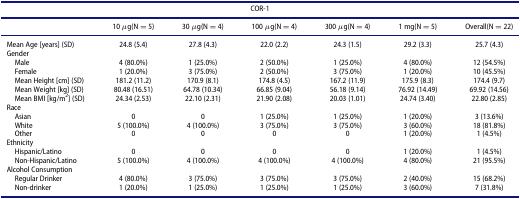
<table><thead><tr><td colspan="7"><b>COR-1</b></td></tr><tr><td><b> </b></td><td><b>10 μg(N = 5)</b></td><td><b>30 μg(N = 4)</b></td><td><b>100 μg(N = 4)</b></td><td><b>300 μg(N = 4)</b></td><td><b>1 mg(N = 5)</b></td><td><b>Overall(N = 22)</b></td></tr></thead><tbody><tr><td>Mean Age [years] (SD)</td><td>24.8 (5.4)</td><td>27.8 (4.3)</td><td>22.0 (2.2)</td><td>24.3 (1.5)</td><td>29.2 (3.3)</td><td>25.7 (4.3)</td></tr><tr><td>Gender</td><td> </td><td> </td><td> </td><td> </td><td> </td><td> </td></tr><tr><td> Male</td><td>4 (80.0%)</td><td>1 (25.0%)</td><td>2 (50.0%)</td><td>1 (25.0%)</td><td>4 (80.0%)</td><td>12 (54.5%)</td></tr><tr><td> Female</td><td>1 (20.0%)</td><td>3 (75.0%)</td><td>2 (50.0%)</td><td>3 (75.0%)</td><td>1 (20.0%)</td><td>10 (45.5%)</td></tr><tr><td> Mean Height [cm] (SD)</td><td>181.2 (11.2)</td><td>170.9 (8.1)</td><td>174.8 (4.5)</td><td>167.2 (11.9)</td><td>175.9 (8.3)</td><td>174.4 (9.7)</td></tr><tr><td> Mean Weight [kg] (SD)</td><td>80.48 (16.51)</td><td>64.78 (10.34)</td><td>66.85 (9.04)</td><td>56.18 (9.14)</td><td>76.92 (14.49)</td><td>69.92 (14.56)</td></tr><tr><td> Mean BMI [kg/m<sup>2</sup>] (SD)</td><td>24.34 (2.53)</td><td>22.10 (2.31)</td><td>21.90 (2.08)</td><td>20.03 (1.01)</td><td>24.74 (3.40)</td><td>22.80 (2.85)</td></tr><tr><td>Race</td><td> </td><td> </td><td> </td><td> </td><td> </td><td> </td></tr><tr><td> Asian</td><td>0</td><td>0</td><td>1 (25.0%)</td><td>1 (25.0%)</td><td>1 (20.0%)</td><td>3 (13.6%)</td></tr><tr><td> White</td><td>5 (100.0%)</td><td>4 (100.0%)</td><td>3 (75.0%)</td><td>3 (75.0%)</td><td>3 (60.0%)</td><td>18 (81.8%)</td></tr><tr><td> Other</td><td>0</td><td>0</td><td>0</td><td>0</td><td>1 (20.0%)</td><td>1 (4.5%)</td></tr><tr><td>Ethnicity</td><td> </td><td> </td><td> </td><td> </td><td> </td><td> </td></tr><tr><td> Hispanic/Latino</td><td>0</td><td>0</td><td>0</td><td>0</td><td>1 (20.0%)</td><td>1 (4.5%)</td></tr><tr><td> Non-Hispanic/Latino</td><td>5 (100.0%)</td><td>4 (100.0%)</td><td>4 (100.0%)</td><td>4 (100.0%)</td><td>4 (80.0%)</td><td>21 (95.5%)</td></tr><tr><td>Alcohol Consumption</td><td> </td><td> </td><td> </td><td> </td><td> </td><td> </td></tr><tr><td> Regular Drinker</td><td>4 (80.0%)</td><td>3 (75.0%)</td><td>3 (75.0%)</td><td>3 (75.0%)</td><td>2 (40.0%)</td><td>15 (68.2%)</td></tr><tr><td> Non-drinker</td><td>1 (20.0%)</td><td>1 (25.0%)</td><td>1 (25.0%)</td><td>1 (25.0%)</td><td>3 (60.0%)</td><td>7 (31.8%)</td></tr></tbody></table>